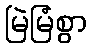
မြဲမြံစွာ